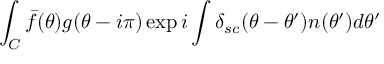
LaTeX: \int _ { C } \bar { f } ( \theta ) g ( \theta - i \pi ) \exp i \int \delta _ { s c } ( \theta - \theta ^ { \prime } ) n ( \theta ^ { \prime } ) d \theta ^ { \prime }